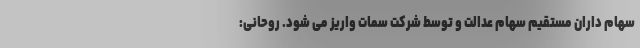
سهام داران مستقیم سهام عدالت و توسط شرکت سمات واریز می شود. روحانی: